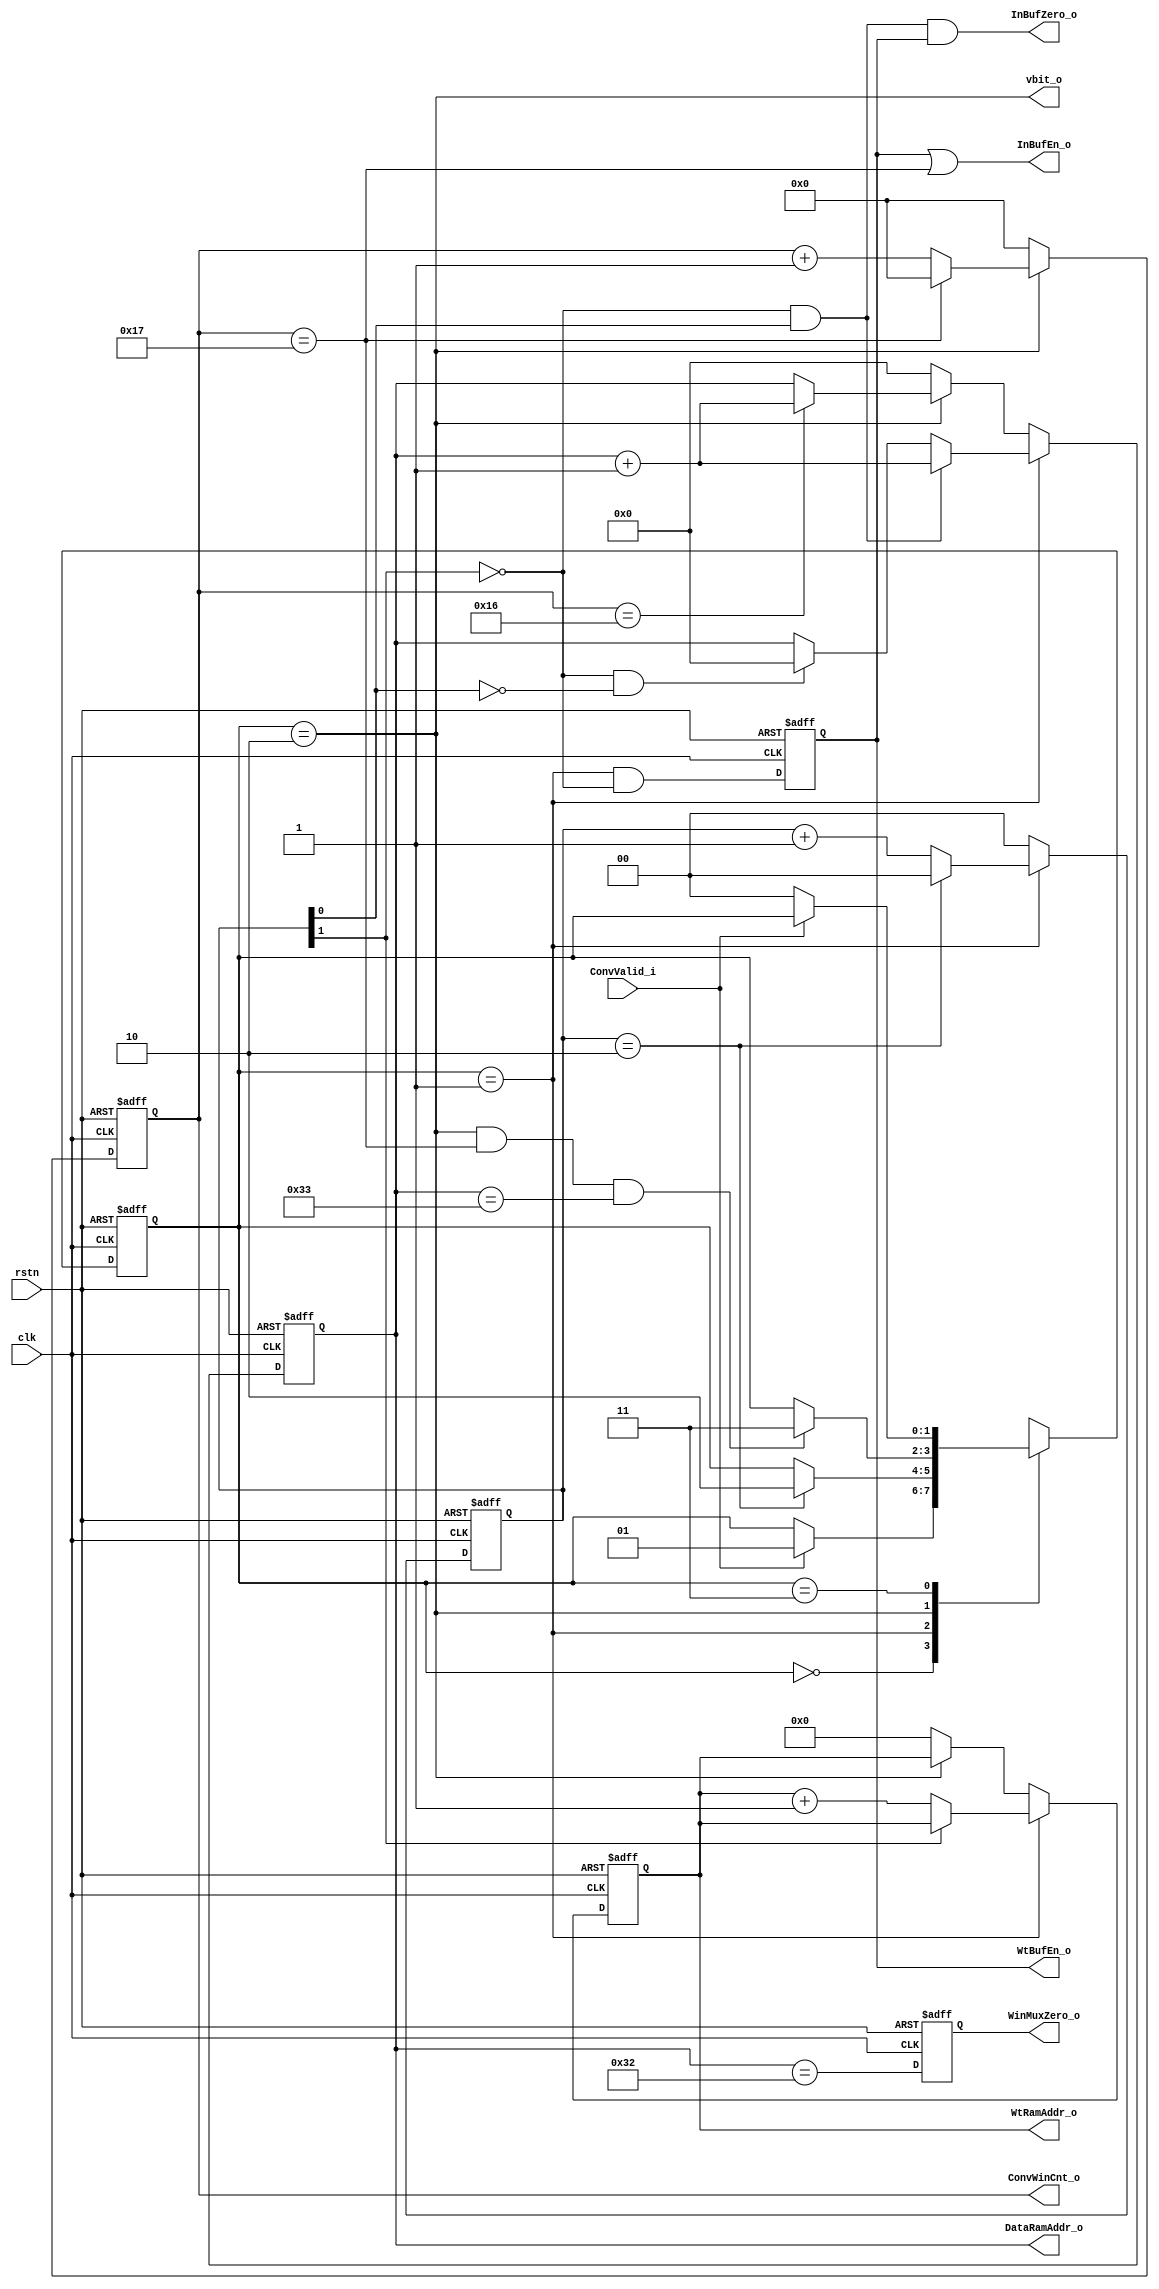
module L1ConvInCtrl (
    input   wire            clk,
    input   wire            rstn,

    input   wire            ConvValid_i,

    output  wire    [5:0]   DataRamAddr_o,
    output  wire    [8:0]   WtRamAddr_o,
    output  wire            WtBufEn_o,
    output  wire            InBufEn_o,
    output  wire            InBufZero_o,
    output  wire            WinMuxZero_o,
    output  wire    [4:0]   ConvWinCnt_o,

    output  wire            vbit_o
);

wire    WorkDone;
wire    IBIniDone;

/********************************************************/
/*******************   TOP FSM    ***********************/
/********************************************************/

parameter   top_Idle    =   2'b00;
parameter   top_IBIni   =   2'b01;
parameter   top_Work    =   2'b10;
parameter   top_Sdb     =   2'b11;

reg [1:0]   top_state,top_state_nxt;

always@(posedge clk or negedge rstn) begin
    if(~rstn)
        top_state   <=  top_Idle;
    else
        top_state   <=  top_state_nxt;
end

always@(*) begin
    case(top_state)
        top_Idle : begin
            if(ConvValid_i)
                top_state_nxt   =   top_IBIni;
            else
                top_state_nxt   =   top_state;
        end top_IBIni : begin
            if(IBIniDone)
                top_state_nxt   =   top_Work;
            else
                top_state_nxt   =   top_state;
        end top_Work : begin
            if(WorkDone)
                top_state_nxt   =   top_Sdb;
            else
                top_state_nxt   =   top_state;
        end top_Sdb : begin
            if(~ConvValid_i)
                top_state_nxt   =   top_Idle;
            else
                top_state_nxt   =   top_state;
        end
    endcase
end

/********************************************************/
/*******************   IBINICTRL  ***********************/
/********************************************************/

reg     [1:0]   IBIniCnt;
wire    [1:0]   IBIniCnt_nxt;
wire            IBIniActive;

assign IBIniActive  =   top_state == top_IBIni;

assign IBIniDone    =   IBIniCnt == 2'b10;

assign IBIniCnt_nxt =   ~IBIniActive    ?   2'b00   :   (
                        IBIniDone       ?   2'b00   :   IBIniCnt + 1'b1);

always@(posedge clk or negedge rstn) begin
    if(~rstn)
        IBIniCnt    <=  2'b0;
    else 
        IBIniCnt    <=  IBIniCnt_nxt;
end

reg             IB_en;

always@(posedge clk or negedge rstn) begin  
    if(~rstn)
        IB_en   <=  1'b0;
    else 
        IB_en   <=  IBIniActive &   (~IBIniCnt[1]);
end

/********************************************************/
/*******************   WORK       ***********************/
/********************************************************/

wire    Work_Active;

assign  Work_Active     =   top_state == top_Work;

//------------------------------------------------------
// CONV WINDOW COUNTER
//------------------------------------------------------

reg     [4:0]   windowcnt;
wire    [4:0]   windowcnt_nxt;
wire            Line_done;

assign  Line_done       =   windowcnt == 5'd23;
assign  windowcnt_nxt   =   ~Work_Active    ?   5'b0    :   (
                            Line_done       ?   5'b0    :   windowcnt + 1'b1);
always@(posedge clk or negedge rstn) begin
    if(~rstn)
        windowcnt   <=  5'b0;
    else
        windowcnt   <=  windowcnt_nxt;
end

//------------------------------------------------------
// INPUT DATA ADDR CONTROL
//------------------------------------------------------

reg     [5:0]   data_addr;
reg     [5:0]   data_addr_nxt;
wire            Line_Almost_done;

assign  Line_Almost_done       =   windowcnt == 5'd22;
assign  WorkDone    =   Work_Active     &   Line_done   &   (data_addr == 6'd51);

always@(*) begin
    if(IBIniActive) begin
        if(~IBIniCnt[1] & IBIniCnt[0])
            data_addr_nxt       =   data_addr   +   1'b1;
        else if(~IBIniCnt[1] & ~IBIniCnt[0])
            data_addr_nxt       =   5'b0;
        else
            data_addr_nxt       =   data_addr;
    end else if(Work_Active) begin
        if(Line_Almost_done)
            data_addr_nxt       =   data_addr   +   1'b1;
        else
            data_addr_nxt       =   data_addr;
    end else
        data_addr_nxt           =   6'b0;
end

always@(posedge clk or negedge rstn) begin
    if(~rstn)
        data_addr   <=  6'b0;
    else
        data_addr   <=  data_addr_nxt;
end

//--------------------------------------------------------
//  OUTPUT WEIGHT ADDR CONTROL
//--------------------------------------------------------

reg     [8:0]   weight_addr;
reg     [8:0]   weight_addr_nxt;

always@(*) begin
    if(IBIniActive) begin
        if(IBIniCnt[1]) 
            weight_addr_nxt =   weight_addr;
        else
            weight_addr_nxt =   weight_addr +   1'b1;
    end else if(Work_Active)
        weight_addr_nxt     =   weight_addr;
    else
        weight_addr_nxt     =   9'b0;
end

always@(posedge clk or negedge rstn) begin
    if(~rstn)
        weight_addr   <=  9'b0;
    else
        weight_addr   <=  weight_addr_nxt;
end


//--------------------------------------------------------
//  Window MUX Zero for Padding
//--------------------------------------------------------

reg    WinMuxZero_o_reg;

always@(posedge clk or negedge rstn) begin
    if(~rstn)
        WinMuxZero_o_reg <=  1'b0;
    else
        WinMuxZero_o_reg <=  data_addr == 6'd50;
end

//--------------------------------------------------------
//  OUTPUT 
//--------------------------------------------------------

assign ConvWinCnt_o     =   windowcnt;
assign DataRamAddr_o    =   data_addr;
assign WtInBufEn_o      =   IB_en;
assign InBufEn_o        =   IB_en           |   Line_done;
assign WtRamAddr_o      =   weight_addr;    
assign InBufZero_o      =   ~IBIniCnt[1]    &   IBIniCnt[0] &   IB_en;
assign WinMuxZero_o     =   WinMuxZero_o_reg;
assign vbit_o           =   Work_Active;
assign WtBufEn_o        =   IB_en;

endmodule